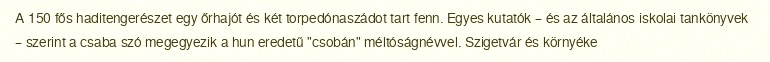
A 150 fős haditengerészet egy őrhajót és két torpedónaszádot tart fenn. Egyes kutatók – és az általános iskolai tankönyvek – szerint a csaba szó megegyezik a hun eredetű "csobán" méltóságnévvel. Szigetvár és környéke